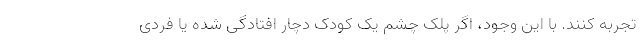
تجربه کنند. با این وجود، اگر پلک چشم یک کودک دچار افتادگی شده یا فردی